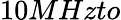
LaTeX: {10}MHzto